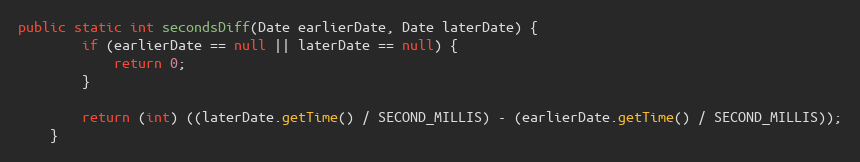
Language: Java
public static int secondsDiff(Date earlierDate, Date laterDate) {
        if (earlierDate == null || laterDate == null) {
            return 0;
        }

        return (int) ((laterDate.getTime() / SECOND_MILLIS) - (earlierDate.getTime() / SECOND_MILLIS));
    }